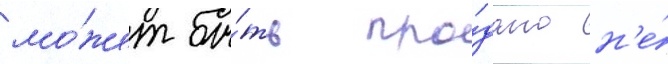
мо́жет бы́ть про́дано н'е́